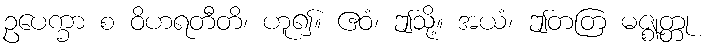
ဥပေက္ခာ စ ဝိဟရတီတိ၊ ဟူ၍။ ဧဝံ၊ ဤသို့။ အယံ၊ ဤတတြ မဇ္ဈတ္တု